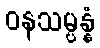
ဝနသမ္ပန္နံ